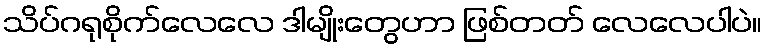
သိပ်ဂရုစိုက်လေလေ ဒါမျိုးတွေဟာ ဖြစ်တတ် လေလေပါပဲ။